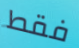
فقط